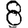
Digit: 8